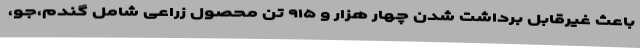
باعث غیرقابل برداشت شدن چهار هزار و ۹۱۵ تن محصول زراعی شامل گندم،جو،